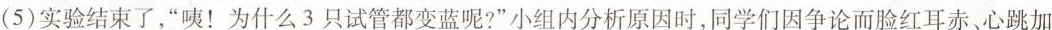
(5)实验结束了，”咦！为什么3只试管都变蓝呢?”小组内分析原因时，同学们因争论而脸红耳赤、心跳加